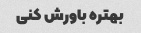
بهتره باورش کنی